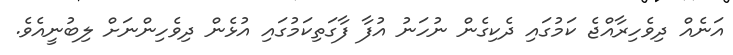
އަނެއް ދިވެހިރާއްޖެ ކަމުގައި ދެކިގެން ނުހަނު އުފާ ފާގަތިކަމުގައި އުޅެން ދިވެހިންނަށް ލިބުނީއެވެ.